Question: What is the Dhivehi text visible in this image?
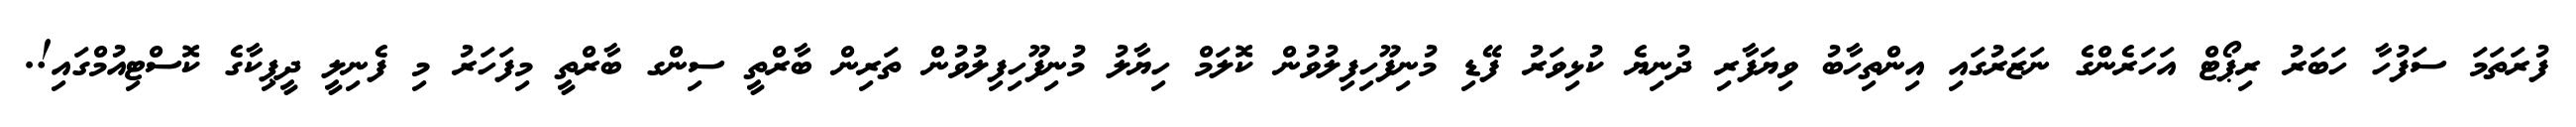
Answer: ފުރަތަމަ ސަފުހާ ހަބަރު ރިޕޯޓް އަހަރެންގެ ނަޒަރުގައި އިންތިހާބު ވިޔަފާރި ދުނިޔެ ކުޅިވަރު ފޭޑި މުނިފޫހިފިލުވުން ކޮލަމް ހިޔާލު މުނިފޫހިފިލުވުން ތަރިން ބާރްތީ ސިންގ ބާރްތީ މިފަހަރު މި ފެނިލީ ދީޕިކާގެ ކޮސްޓިއުމްގައި!.